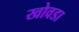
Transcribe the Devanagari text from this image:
खोवडा